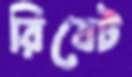
রিবেট